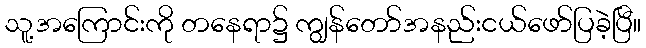
သူ့အကြောင်းကို တနေရာ၌ ကျွန်တော်အနည်းငယ်ဖော်ပြခဲ့ပြီ။